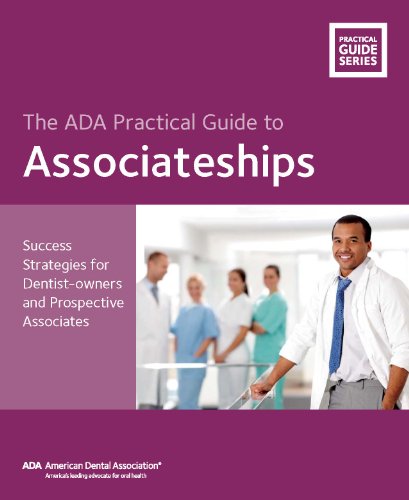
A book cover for The ADA Practical Guide to Associateships: Success Strategies for Dentist-owners and Prospective Associates (The ADA Practical Guide Series); American Dental Association; Medical Books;